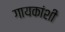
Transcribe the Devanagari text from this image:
गायकांशी